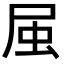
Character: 𭕛